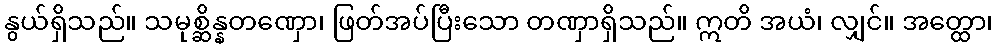
နွယ်ရှိသည်။ သမုစ္ဆိန္နတဏှော၊ ဖြတ်အပ်ပြီးသော တဏှာရှိသည်။ ဣတိ အယံ၊ လျှင်။ အတ္ထော၊